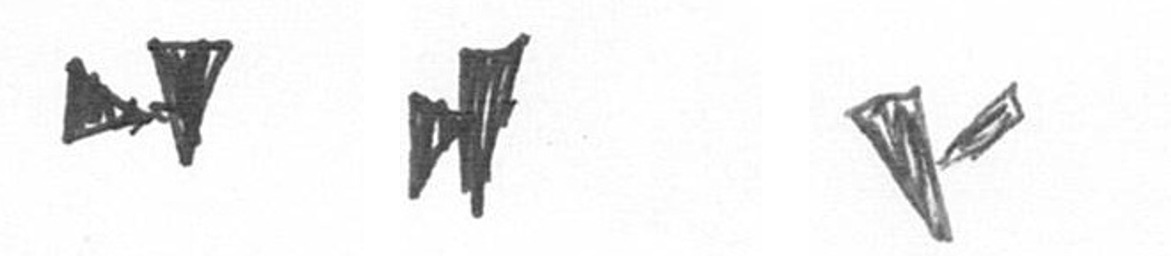
M M F